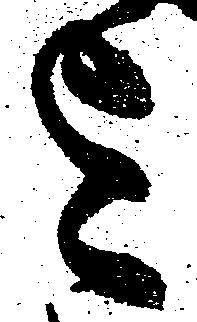
を